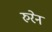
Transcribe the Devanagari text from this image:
रुरेन